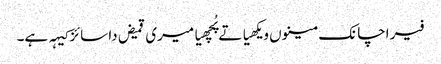
فیر اچانک مینوں ویکھیا تے پُچھیا میری قمیض دا سائز کیہہ ہے۔